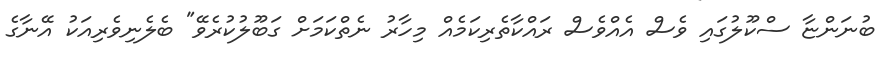
ބުނަންޏާ ސްކޫލުގައި ވެސް އެއްވެސް ރައްކާތެރިކަމެއް މިހާރު ނެތްކަމަށް ގަބޫލުކުރެވޭ" ބެލެނިވެރިއަކު އޭނާގެ